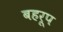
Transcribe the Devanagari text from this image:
बहरूप